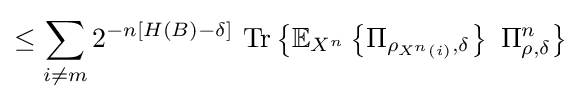
\leq \sum _{i\neq m}2^{-n\left[H\left(B\right)-\delta \right]}\ {\text{Tr}}\left\{\mathbb {E} _{X^{n}}\left\{\Pi _{\rho _{X^{n}\left(i\right)},\delta }\right\}\ \Pi _{\rho ,\delta }^{n}\right\}